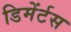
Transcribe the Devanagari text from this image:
डिमेंर्टस